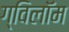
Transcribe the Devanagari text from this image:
ग्विलॉम